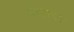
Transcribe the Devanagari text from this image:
स्वार्त्ज़